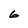
Character: 6